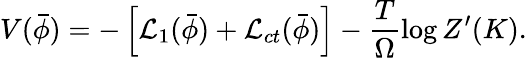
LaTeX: V(\bar{\phi})=-\left[{\cal L}_{1}(\bar{\phi})+{\cal L}_{ct}(\bar{\phi})\right]-\frac{T}{\Omega}\log Z^{\prime}(K).